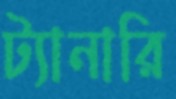
ট্যানারি